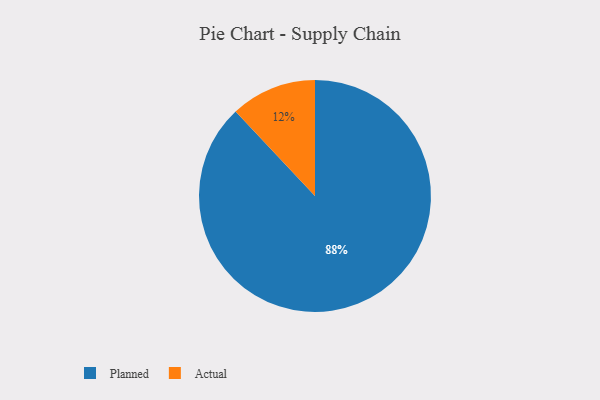
{"axis": {"x": "Category", "y": "Percentage"}, "legend": ["Actual", "Planned"], "data": [{"x": "Actual", "y": 12, "type": "Actual"}, {"x": "Planned", "y": 88, "type": "Planned"}]}